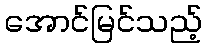
အောင်မြင်သည့်